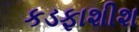
કડફાશીશ